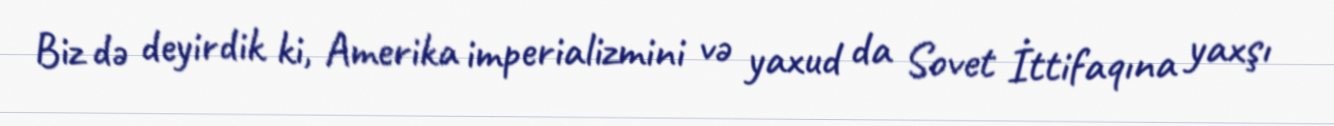
Biz də deyirdik ki, Amerika imperializmini və yaxud da Sovet İttifaqına yaxşı